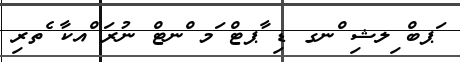
ަޕބް ިލޝި ްނގ ޑި ާޕޓް ަމ ްނޓް ނުރަ ްއކާ ެތރި